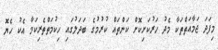
މިފަދަ ޖަމާއަތްތަކާ މެދު ހަރުކަށިކޮށް ކަންތައް ކުރުމުގެ ބަދަލުގައި ހިކުމަތްތެރިކަމާ އެކު ހެޔޮ